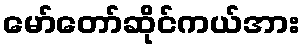
မော်တော်ဆိုင်ကယ်အား